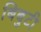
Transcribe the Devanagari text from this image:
बिबुटी